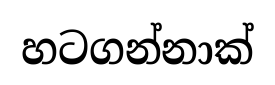
හටගන්නාක්